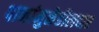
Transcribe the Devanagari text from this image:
पानांमुळेडौलदार